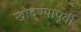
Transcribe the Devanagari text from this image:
खोदण्यापूर्वी